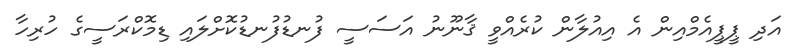
އަދި ޕީޕީއެމްއިން އެ އިއުލާން ކުރެއްވީ ޤާނޫނު އަސަސީ ފުނޑުފުނޑުކޮށްލައި ޑިމޮކްރަސީގެ ހުރިހާ